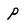
Character: p